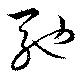
馳